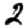
Digit: 2